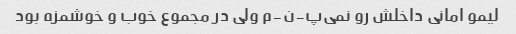
لیمو امانی داخلش رو نمی‌پ-ن-م ولی در مجموع خوب و خوشمزه بود